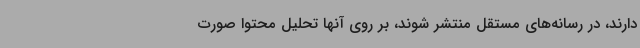
دارند، در رسانه‌های مستقل منتشر شوند، بر روی آنها تحلیل محتوا صورت